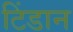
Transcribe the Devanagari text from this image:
टिंडान